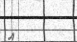
އީ